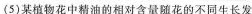
(5)某植物花中精油的相对含量随花的不同生长发